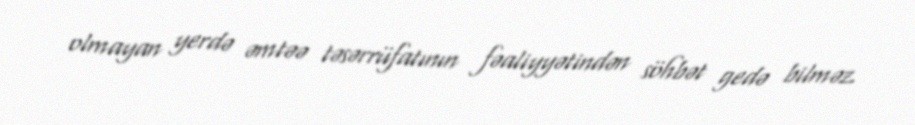
olmayan yerdə əmtəə təsərrüfatının fəaliyyətindən söhbət gedə bilməz.